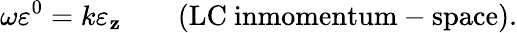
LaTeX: \omega\varepsilon^{0}=k\varepsilon_{\mathbf{z}}\qquad\mathrm{{(LC~inmomentum-space)}}.